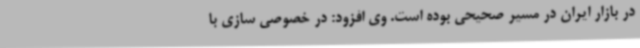
در بازار ایران در مسیر صحیحی بوده است. وی افزود: در خصوصی سازی با